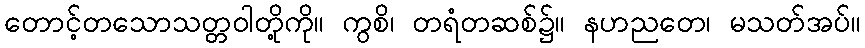
တောင့်တသောသတ္တဝါတို့ကို။ ကွစိ၊ တရံတဆစ်၌။ နဟညတေ၊ မသတ်အပ်။